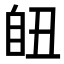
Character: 𦤊